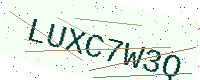
Text: LUXC7W3Q